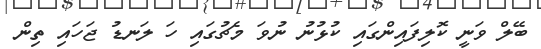
ބޭލް ވަނީ ކޮލިފައިންގައި ކުޅުނު ނުވަ މެޗުގައި ހަ ލަނޑު ޖަހައި ތިން